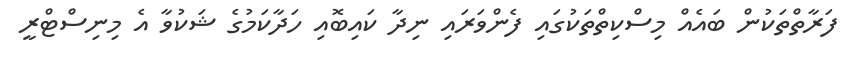
ފަރާތްތަކުން ބައެއް މިސްކިތްތަކުގައި ފެންވަރައި ނިދާ ކައިބޮއި ހަދާކަމުގެ ޝަކުވާ އެ މިނިސްޓްރީ